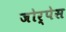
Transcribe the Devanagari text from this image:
जोर्पेस